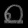
Digit: ၈